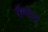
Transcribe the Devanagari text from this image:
रॉग्नॉस